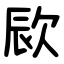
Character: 㰮